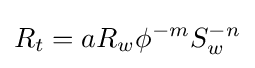
R_{t}=aR_{w}\phi ^{-m}S_{w}^{-n}